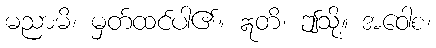
မညာမိ၊ မှတ်ထင်ပါ၏။ ဣတိ၊ ဤသို့။ အဝေါစ၊